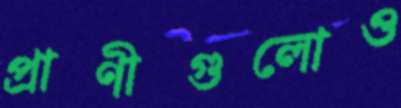
প্রাণীগুলোও